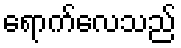
ရောက်လေသည်